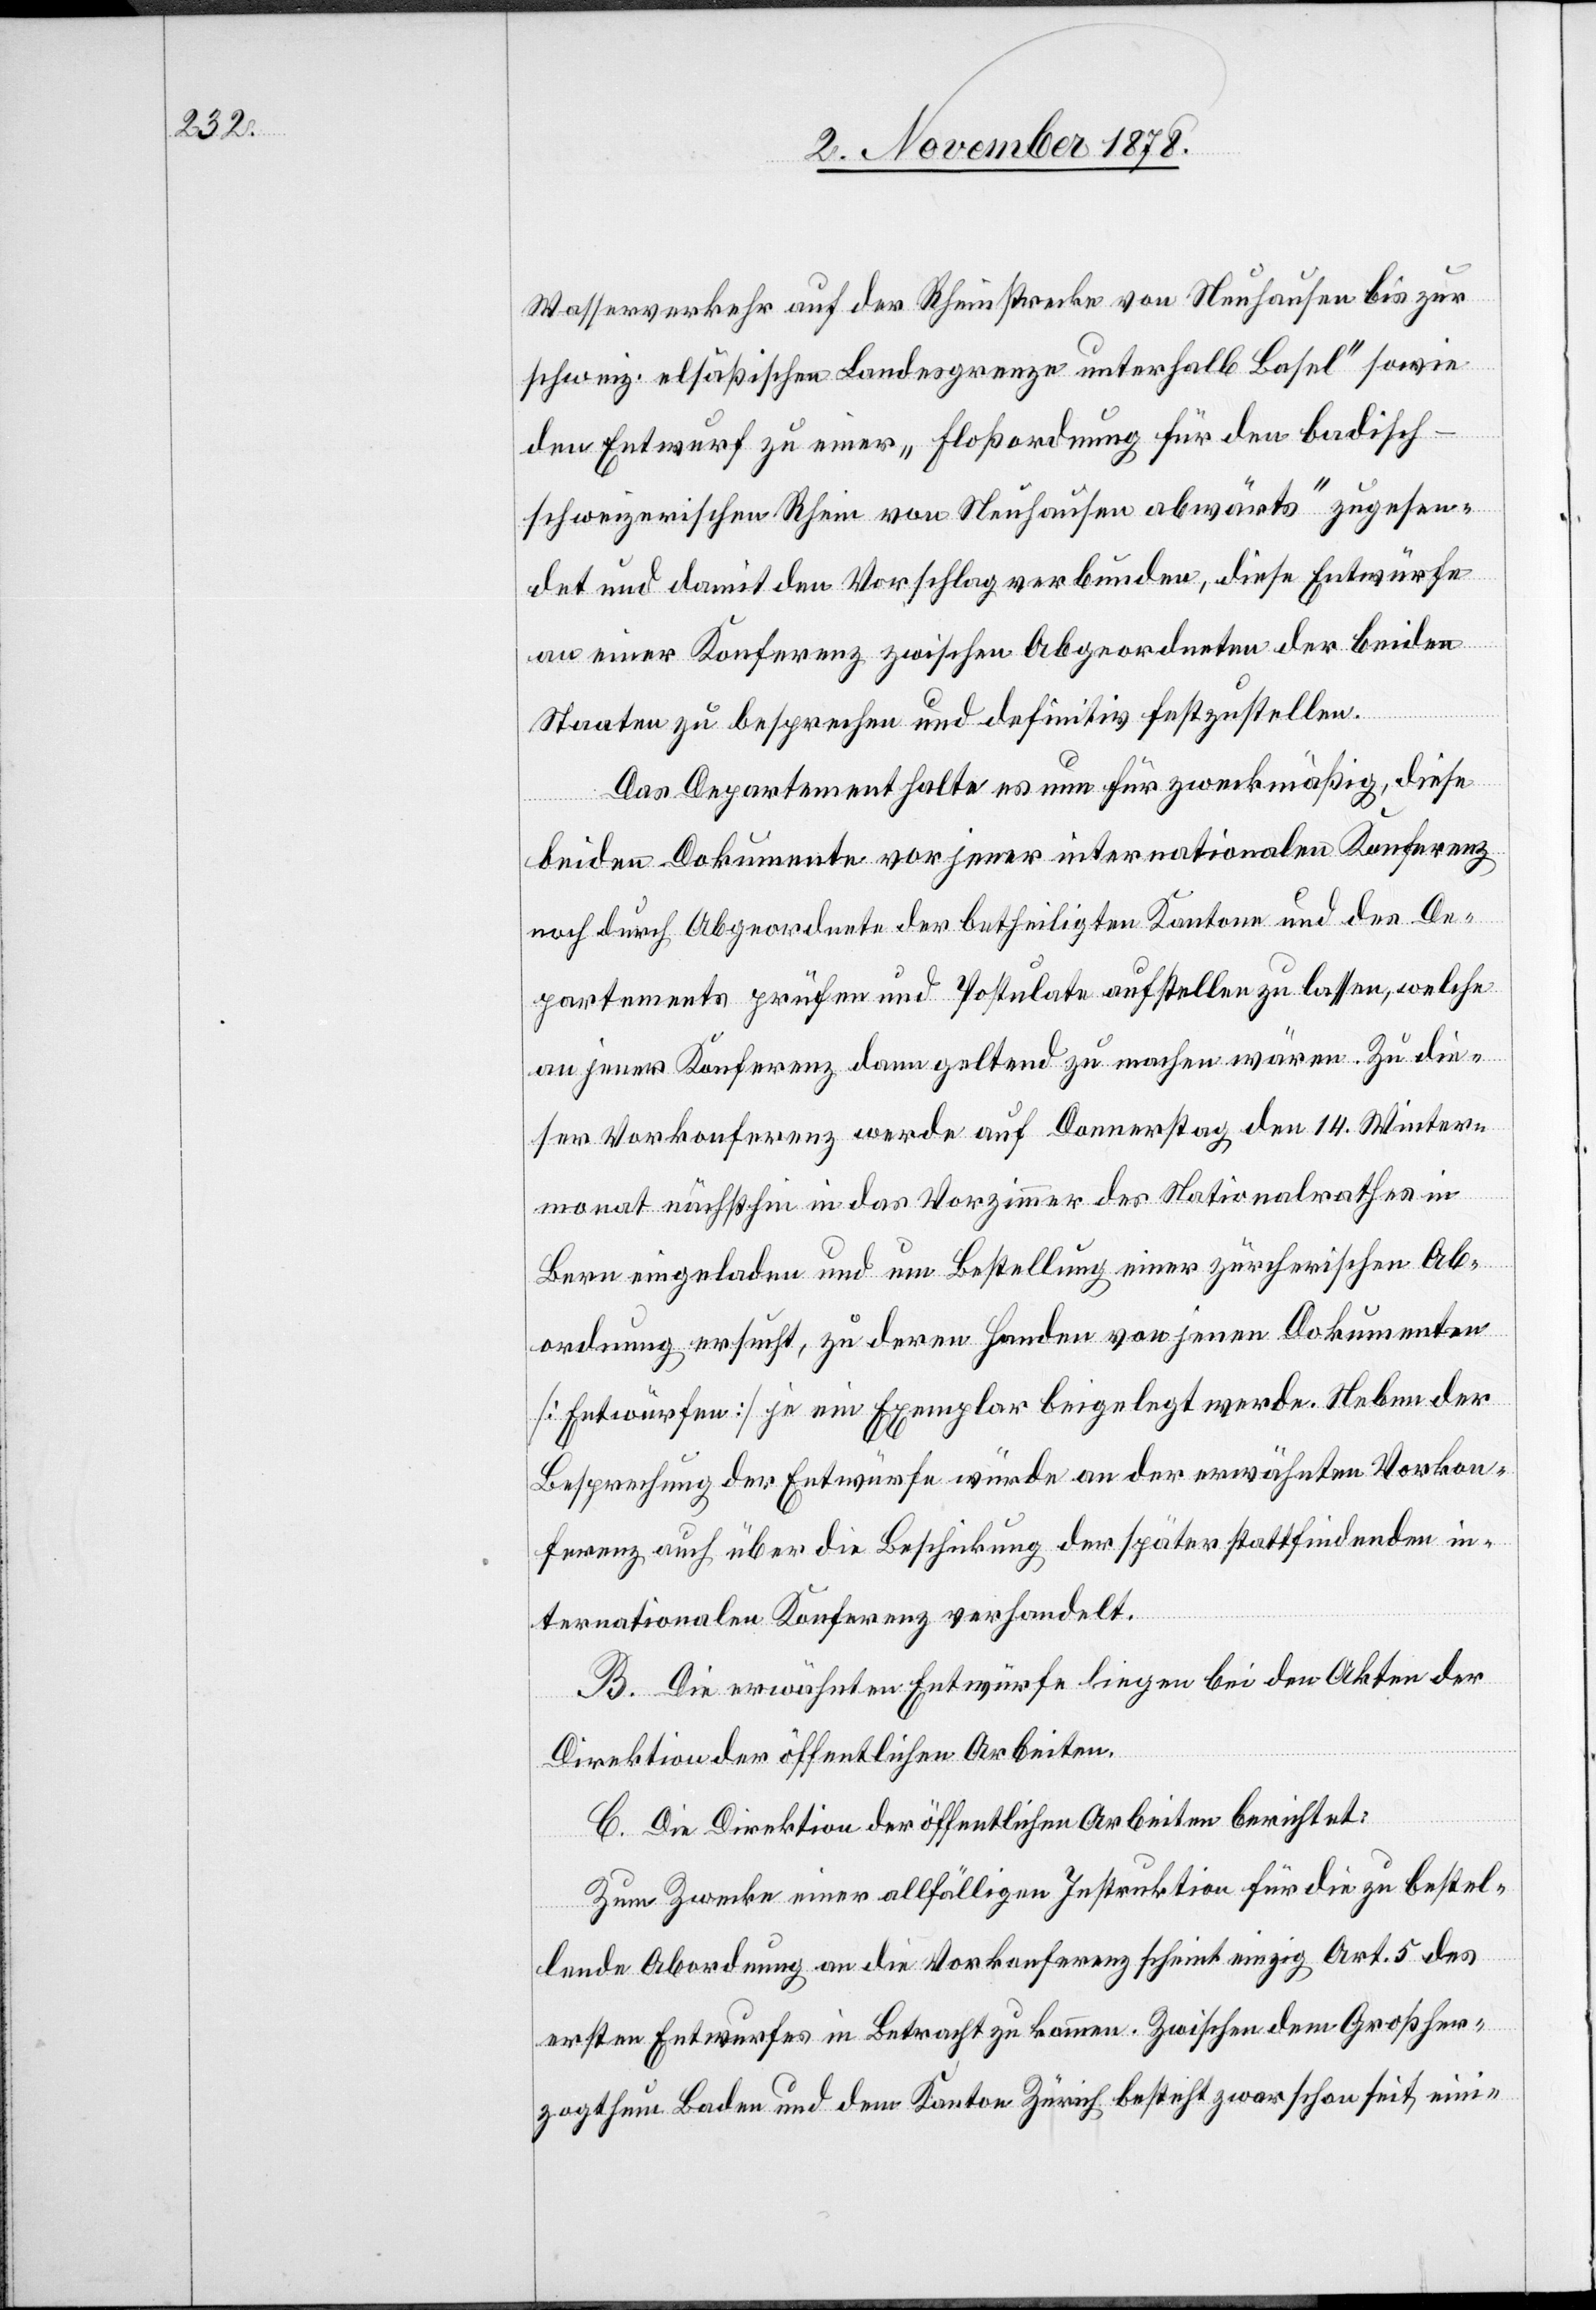
Wasserverkehr auf der Rheinstrecke von Neuhausen bis zur
schweiz. elsässischen Landesgrenze unterhalb Basel“ sowie
den Entwurf zu einer „Floßordnung für den badisch-s¬
chweizerischen Rhein von Neuhausen abwärts“ zugesen¬
det und damit den Vorschlag verbunden, diese Entwürfe
an einer Konferenz zwischen Abgeordneten der beiden
Staaten zu besprechen und definitiv festzustellen.
Das Departement halte es nun für zweckmäßig, diese
beiden Dokumente vor jener internationalen Konferenz
noch durch Abgeordnete der betheiligten Kantone und des De¬
partements prüfen und Postulate aufstellen zu lassen, welche
an jener Konferenz dann geltend zu machen wären. Zu die¬
ser Vorkonferenz werde auf Donnerstag, den 14. Winter¬
monat nächsthin in das Vorzimmer des Nationalrathes in
Bern eingeladen und um Bestellung einer zürcherischen Ab¬
ordnung ersucht, zu deren Handen von jenen Dokumenten
[Entwürfen] je ein Exemplar beigelegt werde. Neben der
Besprechung der Entwürfe würde an der erwähnten Vorkon¬
ferenz auch über die Beschickung der später stattfindenden in¬
ternationalen Konferenz verhandelt.
B. Die erwähnten Entwürfe liegen bei den Akten der
Direktion der öffentlichen Arbeiten.
C. Die Direktion der öffentlichen Arbeiten berichtet:
Zum Zwecke einer allfälligen Instruktion für die zu bestel¬
lende Abordnung an die Vorkonferenz scheint einzig Art. 5 des
ersten Entwurfes in Betracht zu kommen. Zwischen dem Großher¬
zogthum Baden und dem Kanton Zürich besteht zwar schon seit eini-